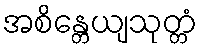
အစိန္တေယျသုတ္တံ